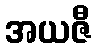
အယဇီ